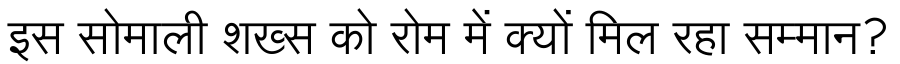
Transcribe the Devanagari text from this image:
इस सोमाली शख्स को रोम में क्यों मिल रहा सम्मान?